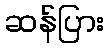
ဆန်ပြား